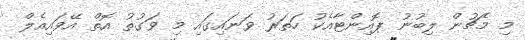
މި މެޗުން ލިބުނު ޕޮއިންޓާއެކު ހަތަރު ވަނައިގައި މި ވަގުތު އޮތް އޭވައިއެލް